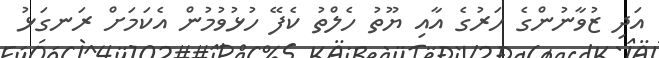
އަދި ޒުވާނުންގެ ހަރުގެ އާއި ޔޫތު ހެލްތު ކެފޭ ހުޅުވުމުން އެކަމަށް ރަނގަޅު